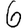
Digit: 6